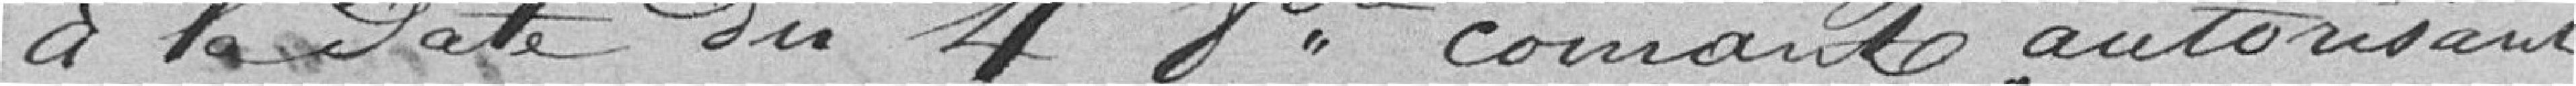
à la date du 4 8bre courant autorisant